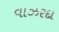
વાઝરદા